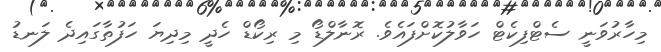
މިހާރުވަނީ ސެޓްފިކެޓް ހަވާލުކޮށްފައެވެ. ރޮނާލްޑޯ މި ރިކޯޑް ހެދީ މިދިޔަ ހަފުތާގައިދެ ލަނޑު